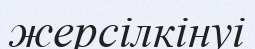
жерсілкінуі